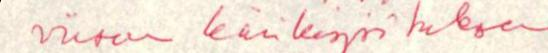
viisun käsikirjoituksen